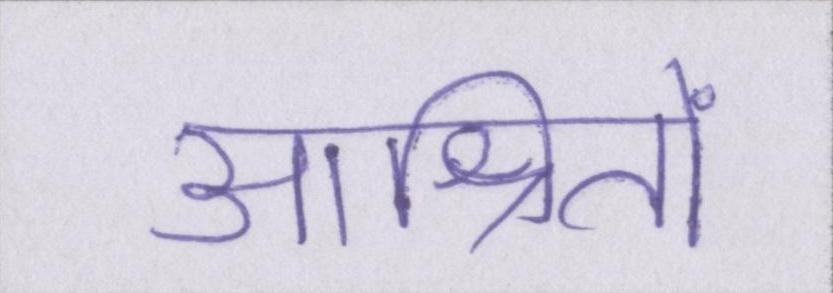
आश्रितों